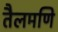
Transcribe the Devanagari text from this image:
तैलमणि